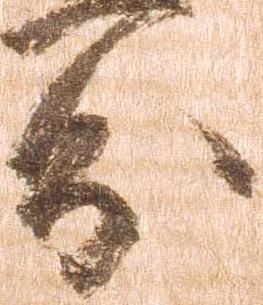
分